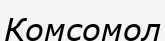
Комсомол